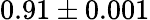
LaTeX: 0.91\pm 0.001